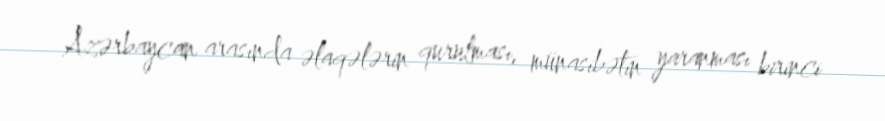
Azərbaycan arasında əlaqələrin qurulması, münasibətin yaranması birinci